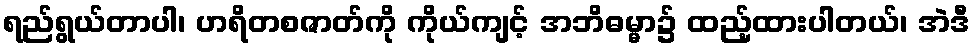
ရည်ရွယ်တာပါ၊ ဟရိတစဇာတ်ကို ကိုယ်ကျင့် အဘိဓမ္မာ၌ ထည့်ထားပါတယ်၊ အဲဒီ